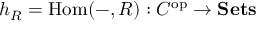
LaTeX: h _ { R } = \operatorname { H o m } ( - , R ) : C ^ { \operatorname { o p } } \to \mathbf { S e t s }